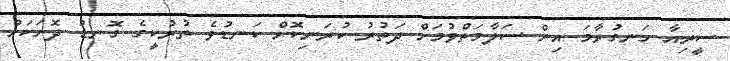
ސީރިއާ ހަނގުރާމަ އިން ސަލާމަތްވުމަށް ދަތުރު ކުރަނިކޮށް ކަނޑުވެ ތުުރުކީގެ ގޮނޑު ދޮށަަކަށް